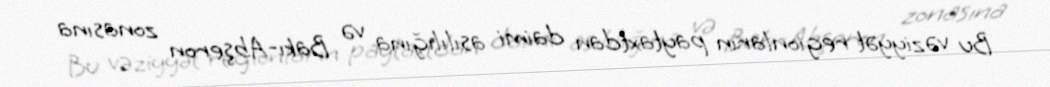
Bu vəziyyət regionların paytaxtdan daimi asılılığına və Bakı-Abşeron zonasına